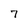
Character: 7